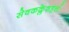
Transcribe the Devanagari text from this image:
सेवकक्लेशहर्त्तः